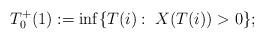
LaTeX: \begin{align*} T_{0}^+(1) := \inf\{T(i):\; X(T(i)) > 0\}; \end{align*}